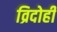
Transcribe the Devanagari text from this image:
व्रिदोही